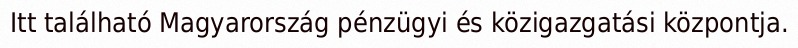
Itt található Magyarország pénzügyi és közigazgatási központja.